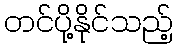
တင်ပို့နိုင်သည့်